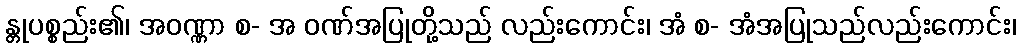
န္တုပစ္စည်း၏၊ အဝဏ္ဏာ စ- အ ဝဏ်အပြုတို့သည် လည်းကောင်း၊ အံ စ- အံအပြုသည်လည်းကောင်း၊